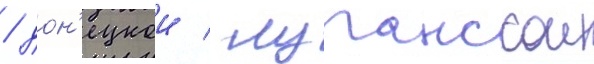
/ дон'ецкои / луганскои